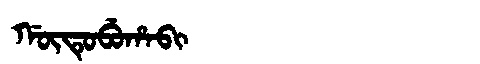
Manchu: ᡤᡡᡨᡠᠪᡠᡥᠠᠪᡳ
Romanization: GŪTUBUHABI